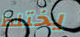
يختلط